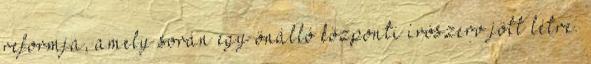
reformja, amely során egy önálló központi írószerv jött létre.